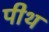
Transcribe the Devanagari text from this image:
पीथ